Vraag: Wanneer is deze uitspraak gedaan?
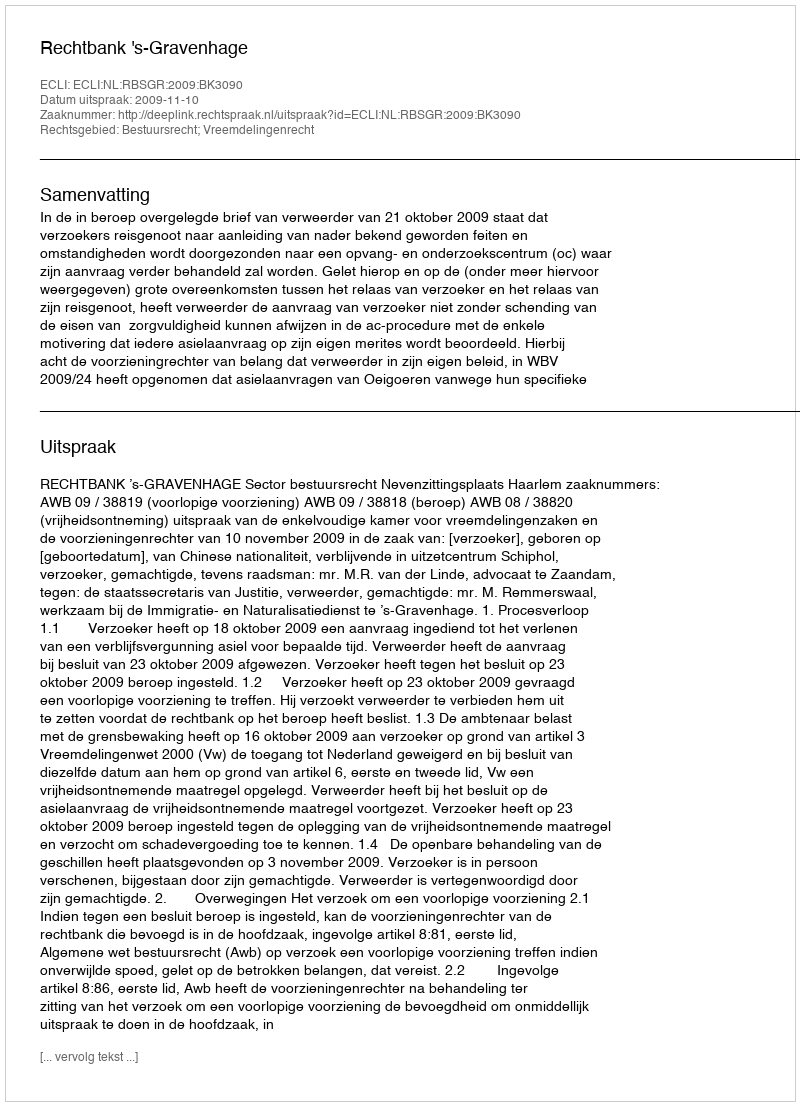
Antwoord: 2009-11-10